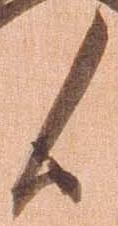
候